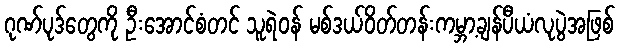
ဂုဏ်ပုဒ်တွေကို ဦးအောင်စံတင် သူရဲဝန် မစ်ဒယ်ဝိတ်တန်းကမ္ဘာ့ချန်ပီယံလုပွဲအဖြစ်